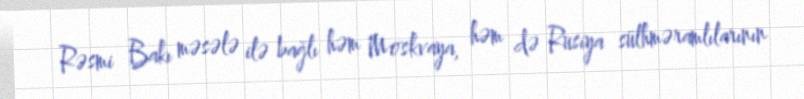
Rəsmi Bakı məsələ ilə bağlı həm Moskvaya, həm də Rusiya sülhməramlılarının